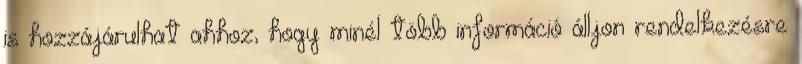
is hozzájárulhat ahhoz, hogy minél több információ álljon rendelkezésre